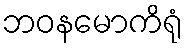
ဘဝနမောကိရုံ